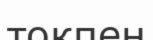
токпен